Report on sanitation, dispensaries, and jails in Rajputana for 1916, and on vaccination for the year 1916-1917 - 1916-1917
Year: 1916
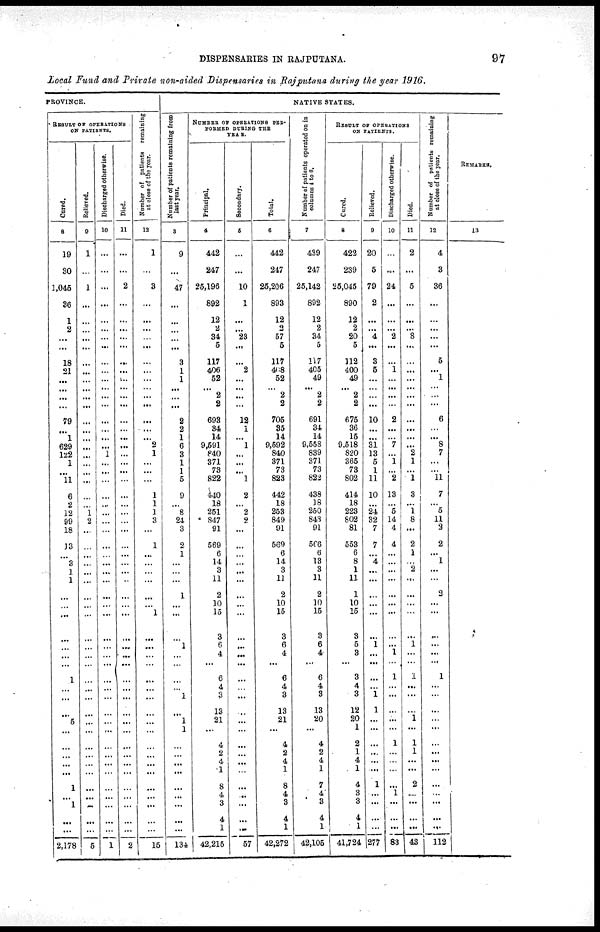
DISPENSARIES IN RAJPUTANA.
97
Local Fund and Private non-aided Dispensaries in Rajputana during the year 1916.
PROVINCE.
RESULT OF OPERATIONS
ON PATIENTS.
Cured.
8
19
30
1,045
36
1
2
...
...
18
21
...
...
...
...
79
...
1
629
122
1
...
11
6
2
12
99
18
13
...
3
1
1
...
...
...
...
...
...
...
1
...
...
...
5
...
...
...
...
...
1
...
1
...
...
2,178
Relieved.
9
1
...
1
...
...
...
...
...
...
...
...
...
...
...
...
...
...
...
...
...
...
...
...
...
1
2
...
...
...
...
...
...
...
...
...
...
...
...
...
...
...
...
...
...
...
...
...
...
...
...
...
...
...
...
5
Discharged otherwise.
10
...
...
...
...
...
...
...
...
...
...
...
...
...
...
...
...
...
...
1
...
...
...
...
...
...
...
...
...
...
...
...
...
...
...
...
...
...
...
...
...
...
...
...
...
...
...
...
...
...
...
...
...
...
...
1
Died.
11
...
...
2
...
...
...
...
...
...
...
...
...
...
...
...
...
...
...
...
...
...
...
...
...
...
...
...
...
...
...
...
...
...
...
...
...
...
...
...
...
...
...
...
...
...
...
...
...
...
...
...
...
...
...
2
N umber of patients remaining
at close of the year.
12
1
...
3
...
...
...
...
...
...
...
...
...
...
...
...
...
...
2
1
...
...
...
1
1
1
3
...
1
...
...
...
...
...
...
1
...
...
...
...
...
...
...
...
...
...
...
...
...
...
...
...
...
...
...
15
NATIVE STATES.
Number of patients remaining from
last year.
3
9
...
47
...
...
...
...
...
3
1
1
...
...
...
2
2
1
6
3
1
1
5
9
...
8
24
3
2
1
...
...
...
1
...
...
...
1
...
...
...
...
1
...
1
1
...
...
...
...
...
...
...
...
...
134
NUMBER OF OPERATIONS PER¬
FORMED DURING THE
YEAR.
Principal.
4
442
247
25,196
892
12
2
34
5
117
406
52
...
2
2
693
34
14
9,591
840
371
73
822
440
18
251
847
91
569
6
14
3
11
2
10
15
3
6
4
...
6
4
3
13
21
...
4
2
4
1
8
4
3
4
1
42,215
Secondary.
5
...
...
10
1
...
...
23
...
...
2
...
...
...
...
12
1
...
1
...
...
...
1
2
...
2
2
...
...
...
...
...
...
...
...
...
...
...
...
...
...
...
...
...
...
...
...
...
1
...
...
...
...
...
...
57
Total.
6
442
247
25,206
893
12
2
57
5
117
408
52
...
2
2
705
35
14
9,592
840
371
73
823
442
18
253
849
91
569
6
14
3
11
2
10
15
3
6
4
...
6
4
3
13
21
...
4
2
4
1
8
4
3
4
1
42,272
Number of patients operated on in
columns 4 to 6.
7
439
247
25,142
892
12
2
34
5
117
405
49
...
2
2
691
34
14
9,558
839
371
73
822
438
18
250
843
91
506
6
13
3
11
2
10
15
3
6
4
...
6
4
3
13
20
...
4
2
4
1
7
4
3
4
1
42,105
RESULT OF OPERATIONS
ON PATIENTS.
Cured.
8
422
239
25,045
890
12
2
20
5
112
400
49
...
2
2
675
36
15
9,518
820
365
73
802
414
18
223
802
81
553
6
8
1
11
1
10
15
3
5
3
...
3
4
3
12
20
1
2
1
4
1
4
3
3
4
1
41,724
Relieved.
9
20
5
79
2
...
...
4
...
3
5
...
...
...
...
10
...
...
31
13
5
1
11
10
...
24
32
7
7
...
4
...
...
...
...
...
...
1
...
...
...
...
1
1
...
...
...
...
...
...
1
...
...
...
...
277
Discharged otherwise.
10
...
...
24
...
...
...
2
...
...
1
...
...
...
...
2
...
...
7
...
1
...
2
13
...
5
14
4
4
...
...
...
...
...
...
...
...
...
1
...
1
...
...
...
...
...
1
...
...
...
...
1
...
...
...
83
Died.
11
2
...
5
...
...
...
8
...
...
...
...
...
...
...
...
...
...
...
2
1
...
1
3
...
1
8
...
2
1
...
2
...
...
...
...
...
1
...
...
1
...
...
...
1
...
1
1
...
...
2
...
...
...
...
43
Number of patients remaining
at close of the year.
12
4
3
36
...
...
...
...
...
5
...
1
...
...
...
6
...
...
8
7
...
...
11
7
...
5
11
2
2
...
1
...
...
2
...
...
...
...
...
...
1
...
...
...
...
...
...
...
...
...
...
...
...
...
...
112
REMARKS.
13